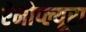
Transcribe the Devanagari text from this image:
ऐनोप्ल्यूरा